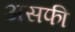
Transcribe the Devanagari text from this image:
असफी